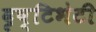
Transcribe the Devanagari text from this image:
दृष्टिभेटी